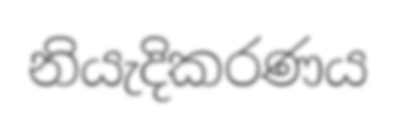
නියැදිකරණය